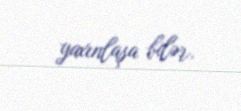
yaxınlaşa bilər.